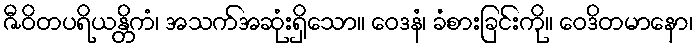
ဇီဝိတပရိယန္တိကံ၊ အသက်အဆုံးရှိသော။ ဝေဒနံ၊ ခံစားခြင်းကို။ ဝေဒိတမာနော၊